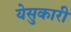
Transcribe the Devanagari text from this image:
येसुकारी